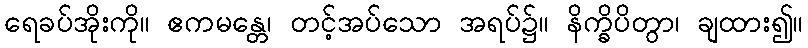
ရေခပ်အိုးကို။ ဧကမန္တေ၊ တင့်အပ်သော အရပ်၌။ နိက္ခိပိတွာ၊ ချထား၍။